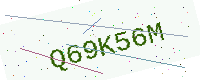
Text: Q69K56M